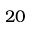
2 0